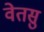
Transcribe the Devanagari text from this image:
वेतसु